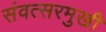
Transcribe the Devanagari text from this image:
संवत्सरमुखी